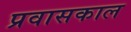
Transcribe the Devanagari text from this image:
प्रवासकाल